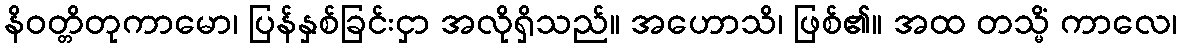
နိဝတ္တိတုကာမော၊ ပြန်နှစ်ခြင်းငှာ အလိုရှိသည်။ အဟောသိ၊ ဖြစ်၏။ အထ တသ္မိံ ကာလေ၊